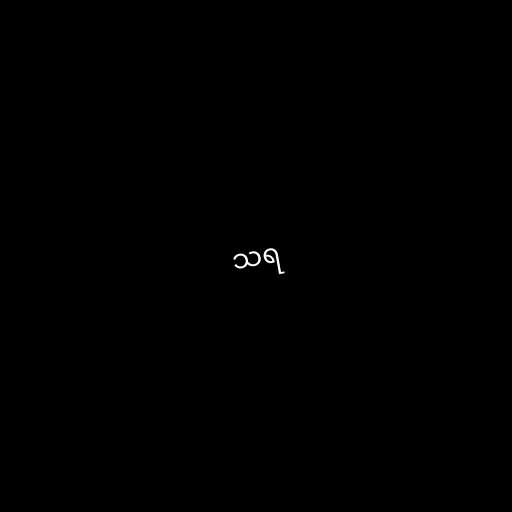
သရ